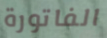
الفاتورة